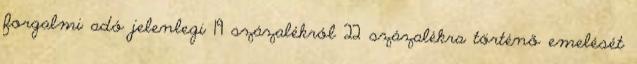
forgalmi adó jelenlegi 19 százalékról 22 százalékra történő emelését